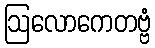
ဩလောကေတဗ္ဗံ